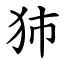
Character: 犻